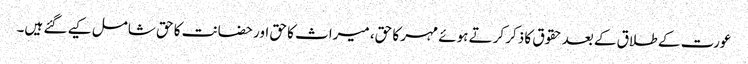
عورت کے طلاق کے بعد حقوق کا ذکر کرتے ہوئے مہر کا حق، میراث کا حق اور حضانت کا حق شامل کیے گئے ہیں۔